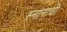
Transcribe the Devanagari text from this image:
स्नानाची